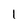
Character: 1